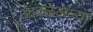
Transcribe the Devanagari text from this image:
आवळलेल्या